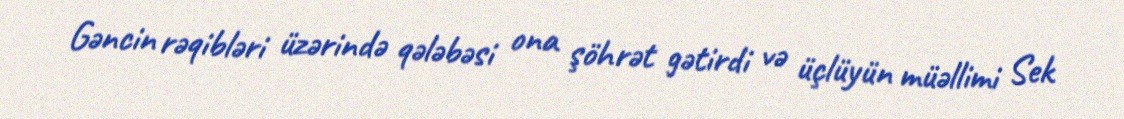
Gəncin rəqibləri üzərində qələbəsi ona şöhrət gətirdi və üçlüyün müəllimi Sek